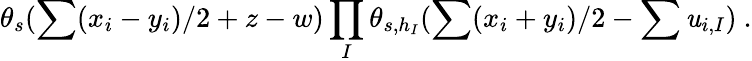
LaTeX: \theta_{s}(\sum(x_{i}-y_{i})/2+z-w)\prod_{I}\theta_{s,h_{I}}(\sum(x_{i}+y_{i})/2-\sum\mathit{u}_{i,I})~.